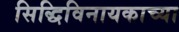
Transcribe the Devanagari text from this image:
सिद्धिविनायकाच्या